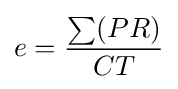
e={\frac {\sum (PR)}{CT}}